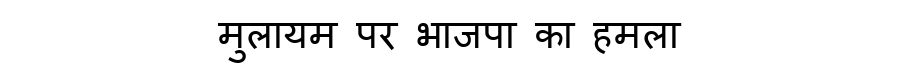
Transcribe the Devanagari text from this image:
मुलायम पर भाजपा का हमला